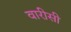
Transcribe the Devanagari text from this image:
वारीसी